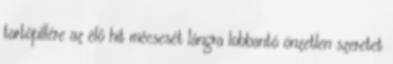
tartópillére az élő hit mécsesét lángra lobbantó önzetlen szeretet